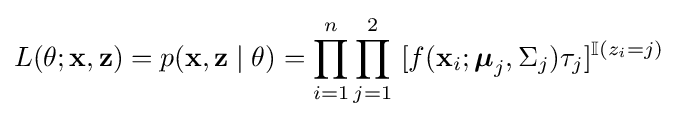
L(\theta ;\mathbf {x} ,\mathbf {z} )=p(\mathbf {x} ,\mathbf {z} \mid \theta )=\prod _{i=1}^{n}\prod _{j=1}^{2}\ [f(\mathbf {x} _{i};{\boldsymbol {\mu }}_{j},\Sigma _{j})\tau _{j}]^{\mathbb {I} (z_{i}=j)}